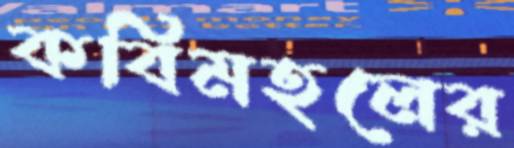
কবিমহলের